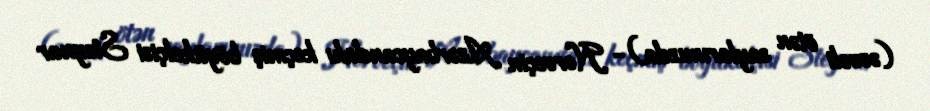
(əvvəli ötən saylarımızda)- Norveçin Azərbaycandakı keçmiş böyükelçisi Steynar